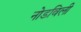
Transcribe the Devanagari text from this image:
नोडविली